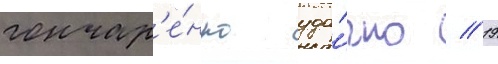
гончар'е́нко уда́чно // 19